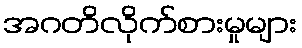
အဂတိလိုက်စားမှုများ